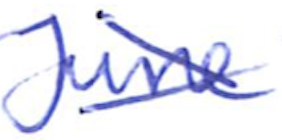
Text: June
Cross-out: cross
Writing tool: ballpoint